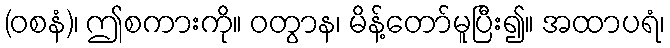
(ဝစနံ)၊ ဤစကားကို။ ဝတွာန၊ မိန့်တော်မူပြီး၍။ အထာပရံ၊